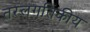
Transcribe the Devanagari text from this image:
तरलगतिकीय